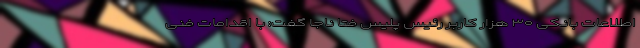
اطلاعات بانکی ۳۰ هزار کاربر رئیس پلیس فتا ناجا گفت: با اقدامات فنی